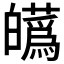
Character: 𤾸